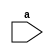
module odd_event(
  input [5:0]a);

  always @ (*) begin
    
  if(a%2==0)
    $display("The is even number",a);
     
    else
      
      $display("The is odd number",a);
  end

endmodule